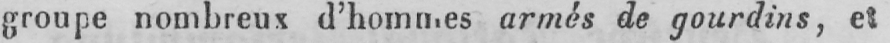
groupe nombreux d’hommes armés de gourdins, et